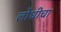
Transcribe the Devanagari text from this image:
लोधीचा